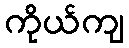
ကိုယ်ကျ